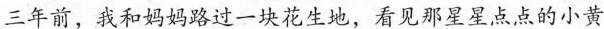
三年前，我和妈妈路过一块花生地，看见那星星点点的小黄